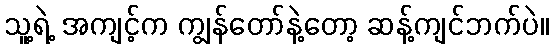
သူ့ရဲ့ အကျင့်က ကျွန်တော်နဲ့တော့ ဆန့်ကျင်ဘက်ပဲ။